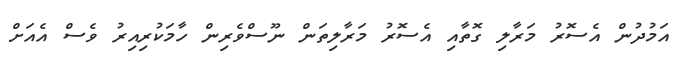
އަމުދުން އެސޮރު މަރާލި ގޮތާއި އެސޮރު މަރާލިތަން ނޫސްވެރިން ހާމަކުރިއިރު ވެސް އެއަށް